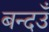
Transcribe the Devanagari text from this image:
बन्दउँ